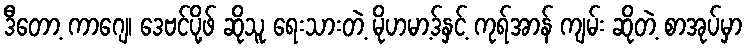
ဒီတော့ ကာဂျေ၊ ဒေဗင်ပို့ဖ် ဆိုသူ ရေးသားတဲ့ မိုဟမာ့ဒ်နှင့် ကုရ်အာန် ကျမ်း ဆိုတဲ့ စာအုပ်မှာ